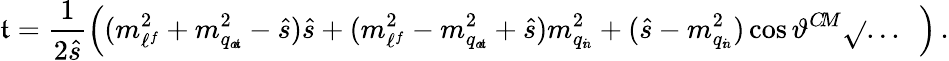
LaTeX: \mathfrak{t}=\frac{{1}}{{2\hat{{s}}}}\Big((m_{\ell^{f}}^{2}+m_{q_{o\! u\! \mathfrak{t}}}^{2}-\hat{{s}})\hat{{s}}+(m_{\ell^{f}}^{2}-m_{q_{o\! u\! \mathfrak{t}}}^{2}+\hat{{s}})m_{q_{i\! n}}^{2}+(\hat{{s}}-m_{q_{i\! n}}^{2})\cos\vartheta^{C\! M}\sqrt{}{{...\phantom{|}}}~\Big)\, .